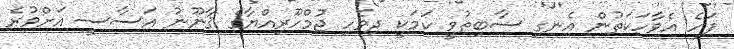
ފަހެ އެވާހަކަތުން އެނގި ސާބިތުވީ ކަމަކީ ދިވެހި ޖުމްހޫރިއްޔާގެ ޤާނޫނު އަސާސީ އަށްވުރެ